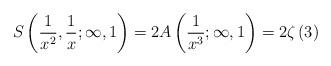
LaTeX: \begin{align*}S\left(\frac{1}{x^2},\frac{1}{x};\infty,1\right)=2A\left(\frac{1}{x^3};\infty,1\right)=2\zeta\left(3\right)\end{align*}